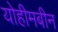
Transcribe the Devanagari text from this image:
योहीमबीन